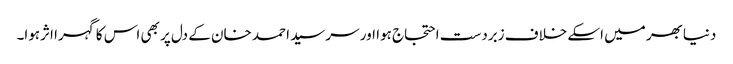
دنیابھر میں اسکے خلاف زبردست احتجاج ہوا اور سرسید احمد خان کے دل پر بھی اس کا گہرا اثرہوا۔